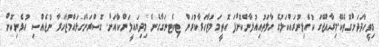
މިވީހާދަދަށްގޮތެކޭ.މިރާއްޖޭގަ ކުއްލިނުރައްކަލުގެ ހާލަތުއިއުލާންކޮށްފަ އޮތީމަ މުޒާހަރާކުރަން ޓިކެޓނަގާގެން މިދިޔައީލަންކާއަށް. ގޮސްރަންގަޅައްމުޒާހަރާ ނުޖެއްސި އުޅެނިކޮށް